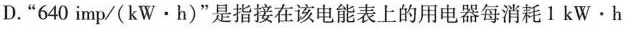
D.”640imp/(kW·h)”是指接在该电能表上的用电器每消耗1kW.h